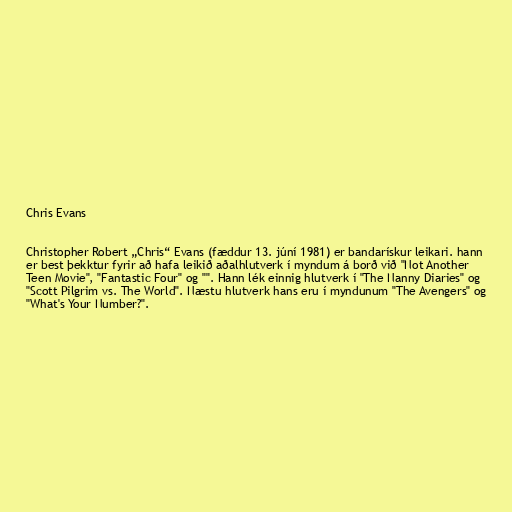
Chris Evans

Christopher Robert „Chris“ Evans (fæddur 13. júní 1981) er bandarískur leikari. hann
er best þekktur fyrir að hafa leikið aðalhlutverk í myndum á borð við "Not Another
Teen Movie", "Fantastic Four" og "". Hann lék einnig hlutverk í "The Nanny Diaries" og
"Scott Pilgrim vs. The World". Næstu hlutverk hans eru í myndunum "The Avengers" og
"What's Your Number?".